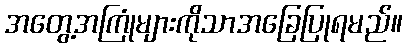
အတွေ့အကြုံများကိုသာအခြေပြုရမည်။